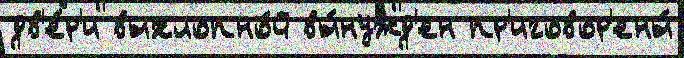
дв'е́р'и выхлопно́й вы́нужд'ен пр'иговор'ены́